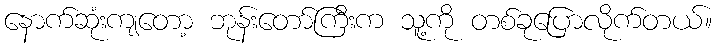
နောက်ဆုံးကျတော့ ဘုန်းတော်ကြီးက သူ့ကို တစ်ခုပြောလိုက်တယ်။